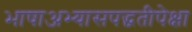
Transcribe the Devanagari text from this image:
भाषाअभ्यासपद्धतीपेक्षा